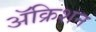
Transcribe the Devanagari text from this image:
ॲक्रिशन